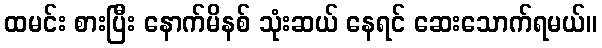
ထမင်း စားပြီး နောက်မိနစ် သုံးဆယ် နေရင် ဆေးသောက်ရမယ်။